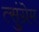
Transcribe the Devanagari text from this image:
त्सुंग्रेम